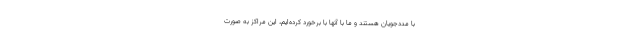
با مددجویان هستند و ما با آنها با برخورد کرده‌ایم، این مراکز به صورت